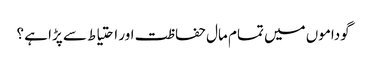
گوداموں میں تمام مال حفاظت اور احتیاط سے پڑا ہے ؟